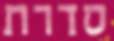
סדרת